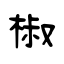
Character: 椒